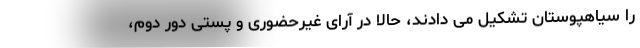
را سیاهپوستان تشکیل می دادند، حالا در آرای غیرحضوری و پستی دور دوم،